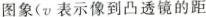
图象(v 表示像到凸透镜的距